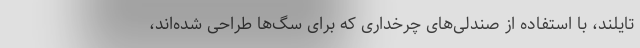
تایلند، با استفاده از صندلی‌های چرخداری که برای سگ‌ها طراحی شده‌اند،